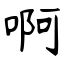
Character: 啊